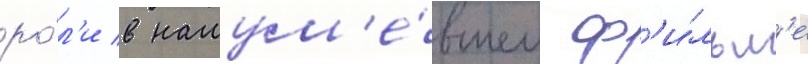
ро́л'и в нашум'е́вшем ф'и́льм'е